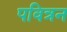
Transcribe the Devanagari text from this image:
पवित्रन